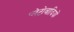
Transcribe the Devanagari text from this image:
प्लेटोवादियों